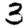
Digit: 3